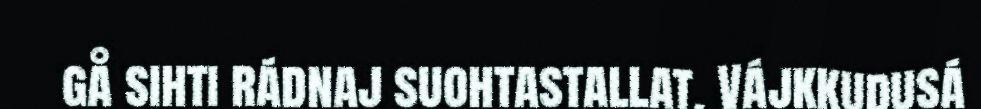
gå sihti rádnaj suohtastallat. Vájkkudusá